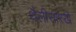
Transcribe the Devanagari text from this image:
थैलीसारखे